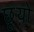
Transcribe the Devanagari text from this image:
छूयो